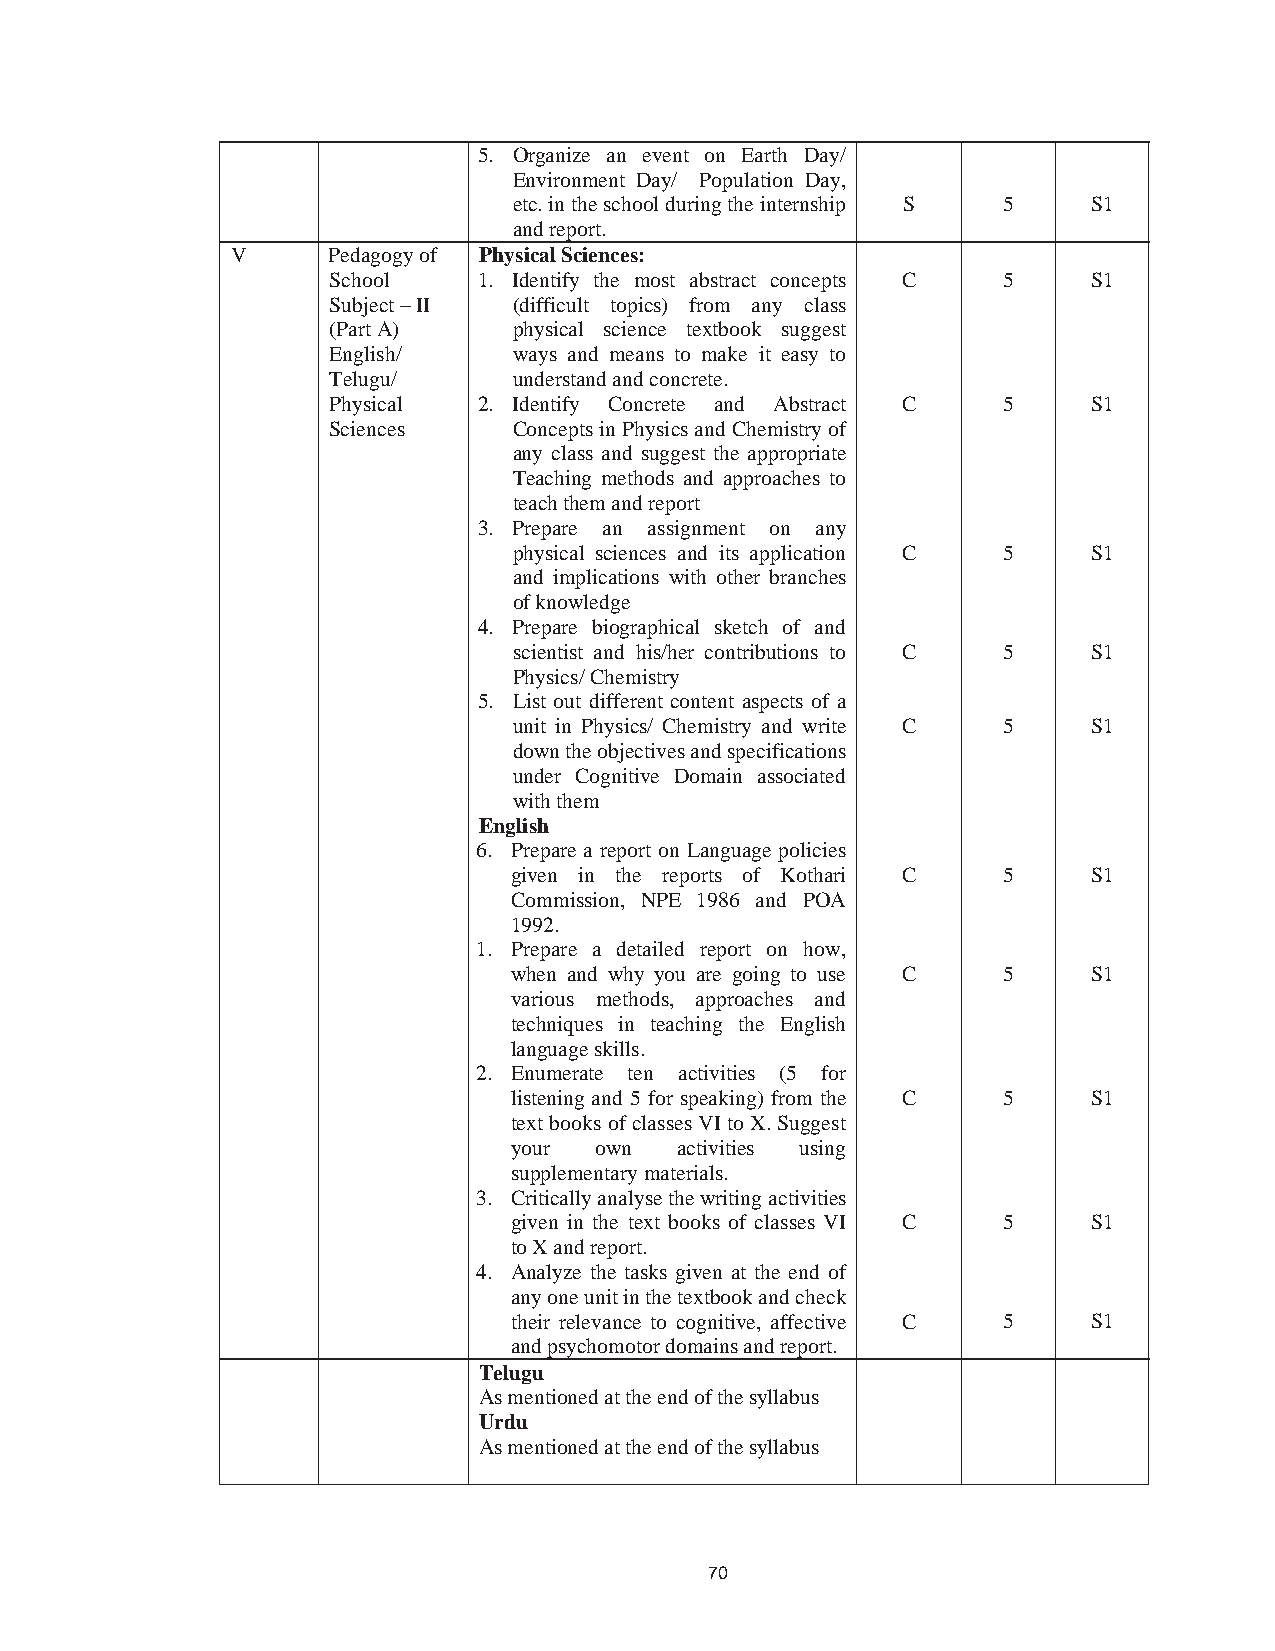
79
 5. Organize an event on Earth Day/
 Environment Day/ Population Day,
 etc. in the school during the internship S 5 S1
 and report.
 V      Pedagogy of Physical Sciences:
 School    1. Identify the most abstract concepts C 5 S1
 Subject – II (difficult topics) from any class
 (Part A)    physical science textbook suggest
 English/    ways and means to make it easy to
 Telugu/     understand and concrete.
 Physical  2. Identify Concrete and Abstract C 5   S1
 Sciences    Concepts in Physics and Chemistry of
 any class and suggest the appropriate
 Teaching methods and approaches to
 teach them and report
 3. Prepare an assignment on any
 physical sciences and its application C 5 S1
 and implications with other branches
 of knowledge
 4. Prepare biographical sketch of and
 scientist and his/her contributions to C 5 S1
 Physics/ Chemistry
 5. List out different content aspects of a
 unit in Physics/ Chemistry and write C 5 S1
 down the objectives and specifications
 under Cognitive Domain associated
 with them
 English
 6. Prepare a report on Language policies
 given in the reports of Kothari C 5   S1
 Commission, NPE 1986 and POA
 1992.
 1. Prepare a detailed report on how,
 when and why you are going to use C 5 S1
 various methods, approaches and
 techniques in teaching the English
 language skills.
 2. Enumerate ten activities (5 for
 listening and 5 for speaking) from the C 5 S1
 text books of classes VI to X. Suggest
 your own   activities using
 supplementary materials.
 3. Critically analyse the writing activities
 given in the text books of classes VI C 5 S1
 to X and report.
 4. Analyze the tasks given at the end of
 any one unit in the textbook and check
 their relevance to cognitive, affective C 5 S1
 and psychomotor domains and report.
 Telugu
 As mentioned at the end of the syllabus
 Urdu
 As mentioned at the end of the syllabus
 70